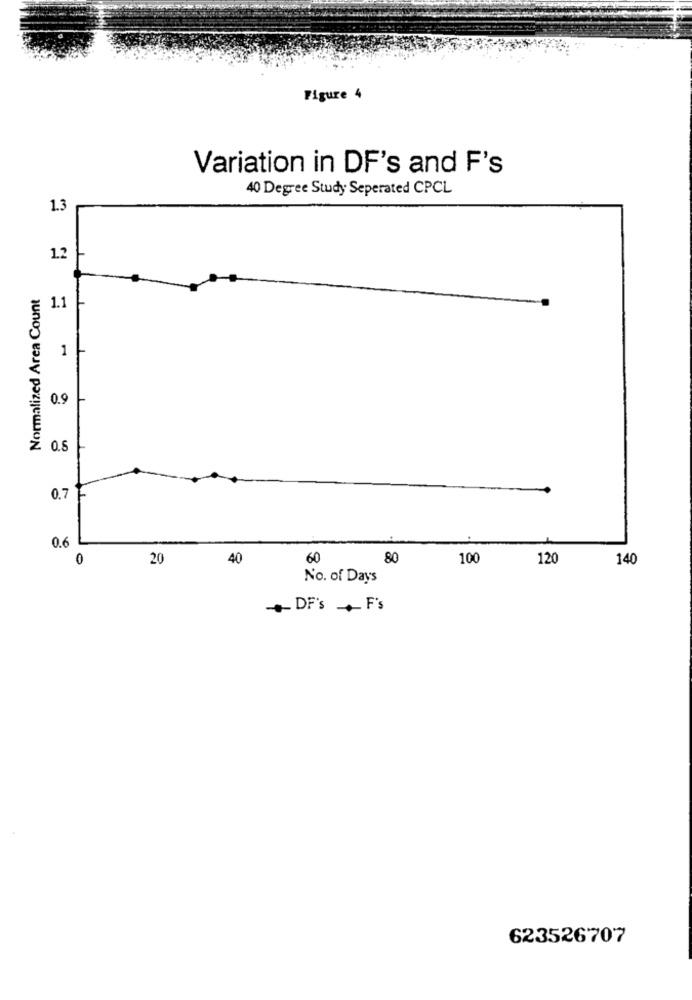
Figure 4
Variation in DF's and F's
40 Degree Study Seperated CPCL
1.3
1.2
Normalized Area Count
1.1
1
-
0.9
0.8
0.7-
0.6
0
20
40
60
80
100
120
140
No. of Days
+ DF's + F's
623526707